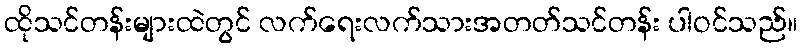
ထိုသင်တန်းများထဲတွင် လက်ရေးလက်သားအတတ်သင်တန်း ပါဝင်သည်။